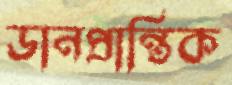
ডানপ্রান্তিক